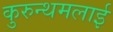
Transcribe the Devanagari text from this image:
कुरुन्थमलाई